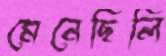
মেনেছিলি